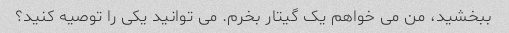
ببخشید، من می خواهم یک گیتار بخرم. می توانید یکی را توصیه کنید؟